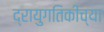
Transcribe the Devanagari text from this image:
द्रायुगतिकीच्या